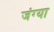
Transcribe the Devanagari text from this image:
जंग्या